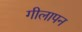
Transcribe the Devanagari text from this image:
गीलापन